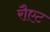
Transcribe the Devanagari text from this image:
रौएट